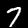
Label: 7